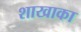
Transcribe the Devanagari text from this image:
शाखाका